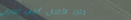
متجر الأطفال: ألعاب تعليم